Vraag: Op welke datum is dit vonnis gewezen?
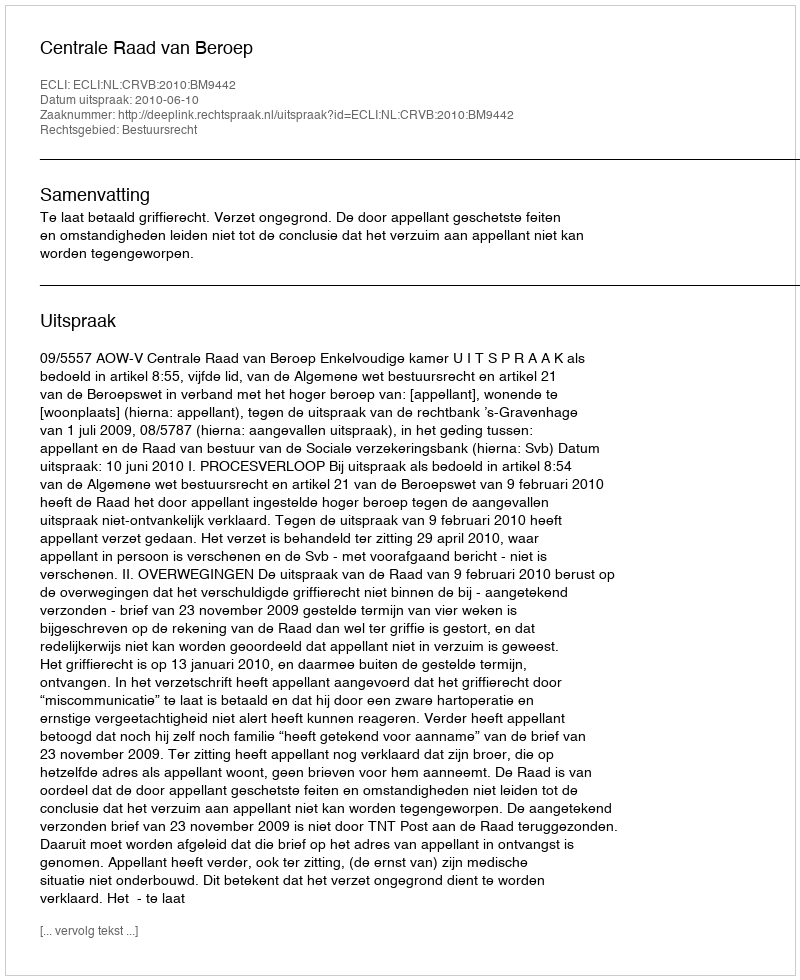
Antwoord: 2010-06-10